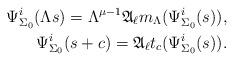
LaTeX: \begin{align*} \Psi^i_{\Sigma_0}(\Lambda s) = \Lambda^{\mu - 1} \mathfrak{A}_{\ell}m_{\Lambda}(\Psi^i_{\Sigma_0}(s)), \\ \Psi^i_{\Sigma_0}(s + c) = \mathfrak{A}_{\ell}t_c(\Psi^i_{\Sigma_0}(s)).\end{align*}